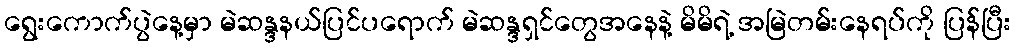
ရွေးကောက်ပွဲနေ့မှာ မဲဆန္ဒနယ်ပြင်ပရောက် မဲဆန္ဒရှင်တွေအနေနဲ့ မိမိရဲ့ အမြဲတမ်းနေရပ်ကို ပြန်ပြီး